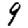
Digit: 9